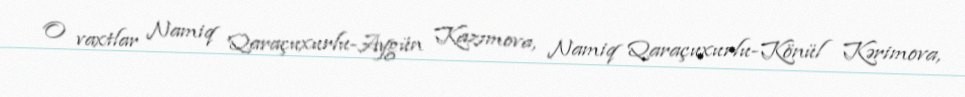
O vaxtlar Namiq Qaraçuxurlu-Aygün Kazımova, Namiq Qaraçuxurlu-Könül Kərimova,